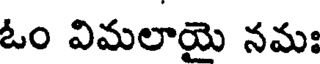
ఓం విమలాయై నమః